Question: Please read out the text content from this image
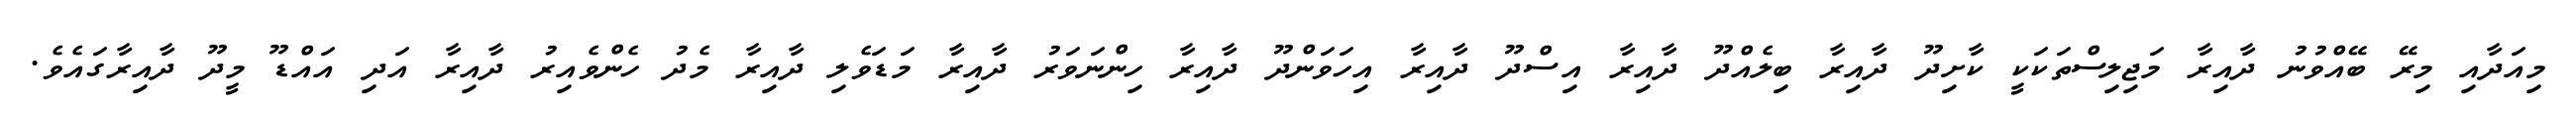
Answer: މިއަދާއި މިރޭ ބޭއްވުނު ދާއިރާ މަޖިލިސްތަކަކީ ކާށިދޫ ދާއިރާ ބިލެއްދޫ ދާއިރާ އިސްދޫ ދާއިރާ އިހަވަންދޫ ދާއިރާ ހިންނަވަރު ދާއިރާ މަޑަވެލި ދާއިރާ މެދު ހެންވެއިރު ދާއިރާ އަދި އައްޑޫ މީދޫ ދާއިރާގައެވެ.